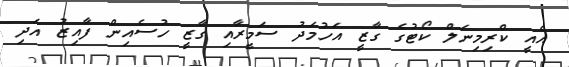
އެއީ ކްރިމިނަލް ކޯޓުގެ ގާޒީ އަހުމަދު ސަމީރާއި ގާޒީ ހުސެއިން ފާއިޒު އަދި